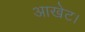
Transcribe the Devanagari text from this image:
आखेट।